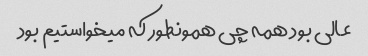
عالی بود همه چی همونطور که میخواستیم بود